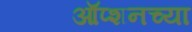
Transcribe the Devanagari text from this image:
ऑप्शनच्या